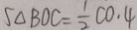
S _ { \Delta B O C } = \frac { 1 } { 2 } C O . 4